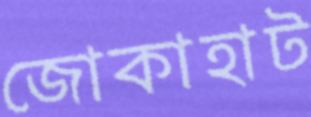
জোকাহাট